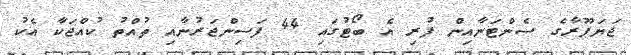
ޖަޔަޕޫރާގެ ސެންޓަނާއިން ފުރި އެ ބޯޓުގައި 44 ފަސިންޖަރުނާއި ތުއްތު ކުއްޖަކާ އެކު